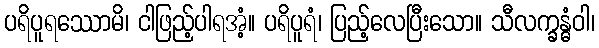
ပရိပူရဿောမိ၊ ငါဖြည့်ပါရအံ့။ ပရိပူရံ၊ ပြည့်လေပြီးသော။ သီလက္ခန္ဓံဝါ၊